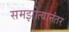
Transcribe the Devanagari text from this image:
समझोत्यानंतर